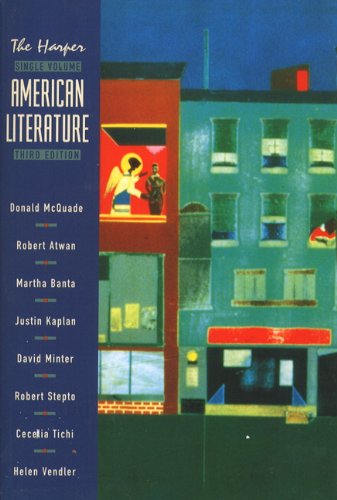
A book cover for Harper Single Volume American Literature, 3rd Edition; Literature & Fiction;